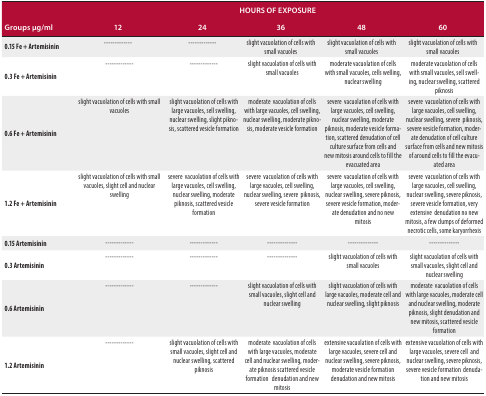
|  | <COLSPAN=5> HOURS OF EXPOSURE |
 | Groups μg/ml | 12 | 24 | 36 | 48 | 60 |
 | --- | --- | --- | --- | --- | --- |
 | 0.15 Fe + Artemisinin | ------------- | ------------- | slight vacuolation of cells with small vacuoles | slight vacuolation of cells with small vacuoles | slight vacuolation of cells with small vacuoles |
 | 0.3 Fe + Artemisinin | ------------- | ------------- | slight vacuolation of cells with small vacuoles | moderate vacuolation of cells with small vacuoles, cells welling, nuclear swelling | moderate vacuolation of cells with small vacuoles, sell swelling, nuclear swelling, scattered piknosis |
 | 0.6 Fe + Artemisinin | slight vacuolation of cells with small vacuoles | slight vacuolation of cells with large vacuoles, sell swelling, nuclear swelling, slight piknosis, scattered vesicle formation | moderate vacuolation of cells with large vacuoles, cell swelling, nuclear swelling, moderate piknosis, moderate vesicle formation | severe vacuolation of cells with large vacuoles, cell swelling, nuclear swelling, moderate piknosis, moderate vesicle formation, scattered denudation of cell culture surface from cells and new mitosis around cells to fill the evacuated area | severe vacuolation of cells with large vacuoles, cell swelling, nuclear swelling, severe piknosis, severe vesicle formation, moderate denudation of cell culture surface from cells and new mitosis of around cells to fill the evacuated area |
 | 1.2 Fe + Artemisinin | slight vacuolation of cells with small vacuoles, slight cell and nuclear swelling | severe vacuolation of cells with large vacuoles, cell swelling, nuclear swelling, moderate piknosis, scattered vesicle formation | severe vacuolation of cells with large vacuoles, cell swelling, nuclear swelling, severe piknosis, severe vesicle formation | severe vacuolation of cells with large vacuoles, cell swelling, nuclear swelling, severe piknosis, severe vesicle formation, moderate denudation and no new mitosis | severe vacuolation of cells with large vacuoles, cell swelling, nuclear swelling, severe piknosis, severe vesicle formation, very extensive denudation no new mitosis, a few clumps of deformed necrotic cells, some karyorrhexis |
 | 0.15 Artemisinin | ------------- | ------------- | -------------- | -------------- | -------------- |
 | 0.3 Artemisinin | ------------- | ------------- | -------------- | slight vacuolation of cells with small vacuoles | slight vacuolation of cells with small vacuoles, slight cell and nuclear swelling |
 | 0.6 Artemisinin | ------------- | ------------- | slight vacuolation of cells with small vacuoles, slight cell and nuclear swelling | slight vacuolation of cells with large vacuoles, moderate cell and nuclear swelling, slight piknosis | moderate vacuolation of cells with large vacuoles, moderate cell and nuclear swelling, moderate piknosis, slight denudation and new mitosis, scattered vesicle formation |
 | 1.2 Artemisinin | ------------- | slight vacuolation of cells with small vacuoles, slight cell and nuclear swelling, scattered piknosis | moderate vacuolation of cells with large vacuoles, moderate cell and nuclear swelling, moderate piknosis scattered vesicle formation denudation and new mitosis | extensive vacuolation of cells with large vacuoles, severe cell and nuclear swelling, severe piknosis, moderate vesicle formation denudation and new mitosis | extensive vacuolation of cells with large vacuoles, severe cell and nuclear swelling, severe piknosis, severe vesicle formation denudation and new mitosis |